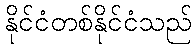
နိုင်ငံတစ်နိုင်ငံသည်